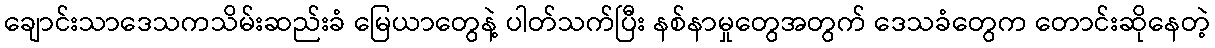
ချောင်းသာဒေသကသိမ်းဆည်းခံ မြေယာတွေနဲ့ ပါတ်သက်ပြီး နစ်နာမှုတွေအတွက် ဒေသခံတွေက တောင်းဆိုနေတဲ့